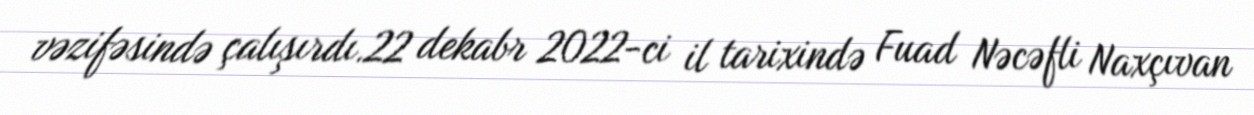
vəzifəsində çalışırdı.22 dekabr 2022-ci il tarixində Fuad Nəcəfli Naxçıvan